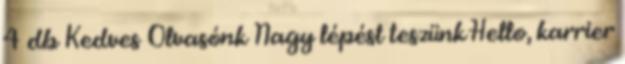
4 db Kedves Olvasónk Nagy lépést teszünk Hello, karrier